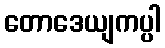
တောဒေယျကပ္ပါ